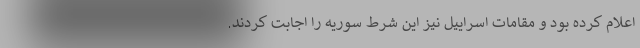
اعلام کرده بود و مقامات اسراییل نیز این شرط سوریه را اجابت کردند.